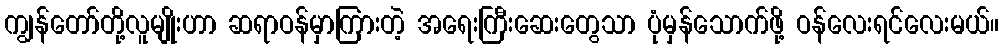
ကျွန်တော်တို့လူမျိုးဟာ ဆရာဝန်မှာကြားတဲ့ အရေးကြီးဆေးတွေသာ ပုံမှန်သောက်ဖို့ ဝန်လေးရင်လေးမယ်။